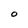
Character: O